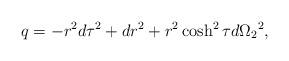
LaTeX: \begin{align*}q=-r^2d\tau^2+dr^2+r^2\cosh^2\tau d\Omega_2{}^2,\end{align*}